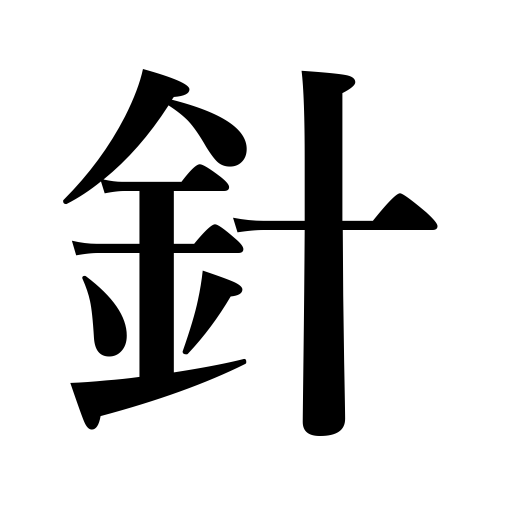
Meanings: stitch,fishhook,molehill,staple,sting,watch hand,phonograph needle,stinger,needle,thorn,acupuncture,hypodermic needle,pin,spine of a fish